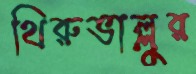
থিরুভাল্লুর